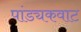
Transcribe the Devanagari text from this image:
पांड्यकवाट